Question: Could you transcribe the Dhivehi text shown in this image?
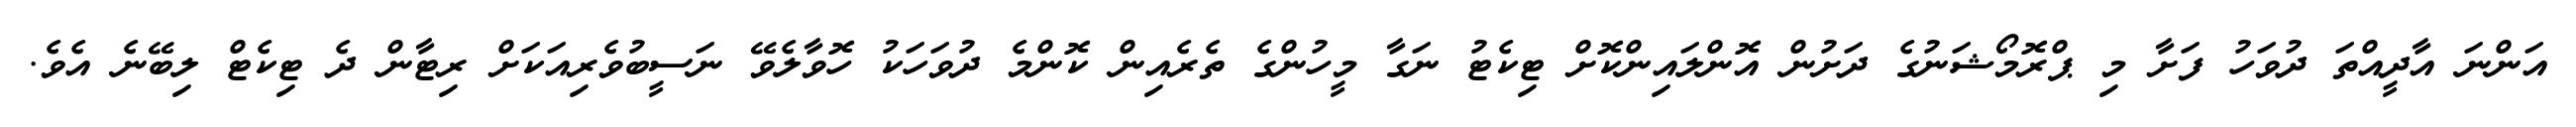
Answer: އަންނަ އާދީއްތަ ދުވަހު ފަށާ މި ޕްރޮމޯޝަނުގެ ދަށުން އޮންލައިންކޮށް ޓިކެޓު ނަގާ މީހުންގެ ތެރެއިން ކޮންމެ ދުވަހަކު ހޮވާލެވޭ ނަސީބުވެރިއަކަށް ރިޓާން ދެ ޓިކެޓް ލިބޭނެ އެވެ.